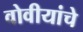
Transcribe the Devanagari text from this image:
वोवीयांचे